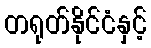
တရုတ်နိုင်ငံနှင့်